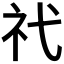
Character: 𥘒